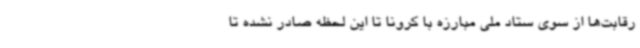
رقابت‌ها از سوی ستاد ملی مبارزه با کرونا تا این لحظه صادر نشده تا